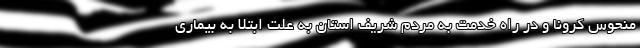
منحوس کرونا و در راه خدمت به مردم شریف استان به علت ابتلا به بیماری